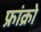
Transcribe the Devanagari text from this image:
फ्रांक्रो